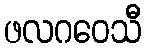
ဖလဂဝေသီ